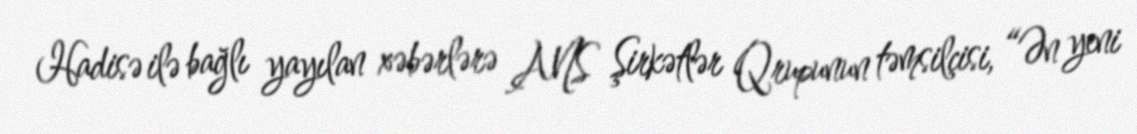
Hadisə ilə bağlı yayılan xəbərlərə ANS Şirkətlər Qrupunun təmsilçisi, “Ən yeni